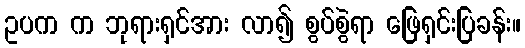
ဥပက က ဘုရားရှင်အား လာ၍ စွပ်စွဲရာ ဖြေရှင်းပြခန်း။